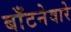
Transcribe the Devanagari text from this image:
बाँटनेवारे